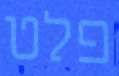
פלט